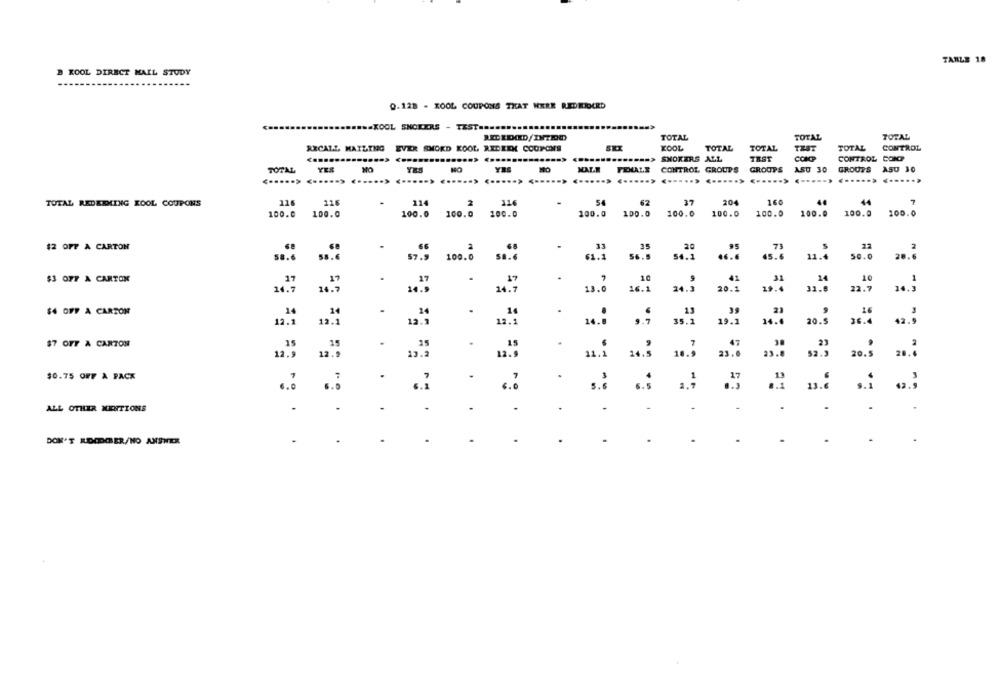
TARLE 18
B KOOL DIRECT MAIL STUDY
0.128 - KOOL COUPONS THAT WERE REDRIOCRD
...... XOOL SNORERS - TEST ......
TOTAL
TOTAL
TOTAL
TOTAL
RECALL MAILING EVER SMORD KOOL REDEEX COUPONS
KOOL
TOTAL
TOTAL
THAT
CONTROL
......
SMOKERS ALL
TEST
CONCP
CONTROL CONT
TOTAL
YER
MO
YES
NO
YRS
MALE
CONTROL GROUPS
GROUPS
ASU 30
GROUPS
A50 30
... .....
115
114
2
114
37
204
160
44
7
TOTAL REDEEMING KOOL COUPONS
62
100.0
100.0
100.0
100.0
100.0
100.0
100.0
100.0
100.0
100.0
100.0
100.0
100.0
22
$2 OFF A CARTON
20
73
58.6
58.6
100.0
56.3
54.1
45.6
11.4
50.0
20.6
$3 077 A CARTON
17
10
41
31
10
17
14
14.7
16.7
24.7
13.0
16.1
24. 5
20.1
19.4
31.6
22.7
14. 5
$4 OFF A CARTON
24
.
14
.
13
16
12.1
12.1
13.1
35.1
19. 1
14.0
20.5
36.4
$7 OFF À CARTON
15
15
35
.
12.9
10.
20.5
11.1 14.3
$0.75 OFF A PACK
.
.
.
.
ALL OTHER MENTIONS
.
.
.
.
.
.
-
.
.
.
DON'T RDCDCER/NO ANSWER
..
...
.
..